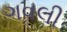
ગવલી